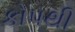
કોપથી